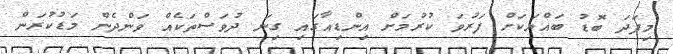
މިފަދަ ބޮޑު ބައްޔަކަށް ފަރުވަ ކުރުމަށް އިންޑިއާގައި ގިނަ ދުވަސްތަކެއް ވަންދެން މަޑުކުރަން